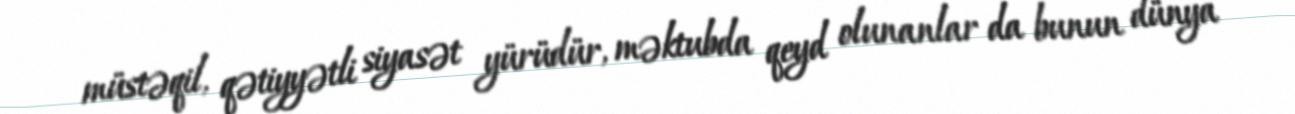
müstəqil, qətiyyətli siyasət yürüdür, məktubda qeyd olunanlar da bunun dünya